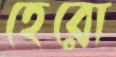
হেরো